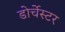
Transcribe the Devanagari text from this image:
डोर्चेस्टर